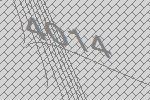
4014